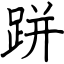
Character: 跰